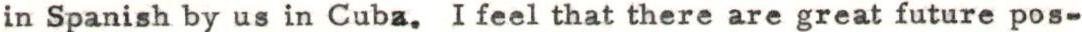
in Spanish by us in Cuba. I feel that there are great future pos-